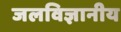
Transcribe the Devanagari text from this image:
जलविज्ञानीय